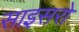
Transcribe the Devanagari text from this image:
साइसरो